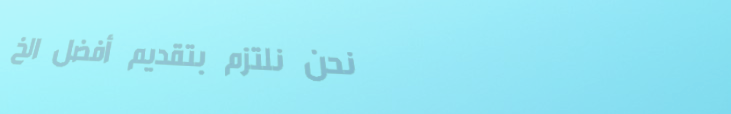
نحن نلتزم بتقديم أفضل الخ